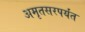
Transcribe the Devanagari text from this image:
अमृतसरपर्यंत